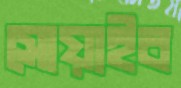
সোয়াইব